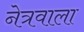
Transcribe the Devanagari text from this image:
नेत्रवाला